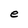
Character: e